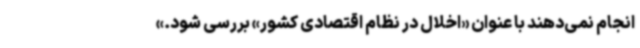
انجام نمی‌دهند با عنوان «اخلال در نظام اقتصادی کشور» بررسی شود.»